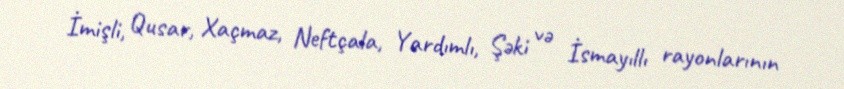
İmişli, Qusar, Xaçmaz, Neftçala, Yardımlı, Şəki və İsmayıllı rayonlarının